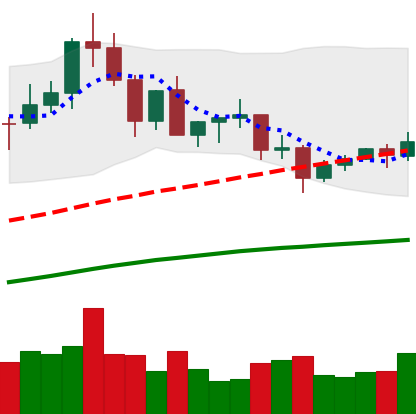
Ticker: XLM-USD
Chart end date: 2020-09-01
Forward return: -21.652%
Label: down_7plus